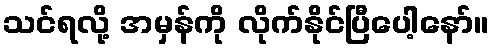
သင်ရလို့ အမှန်ကို လိုက်နိုင်ပြီပေါ့နော်။